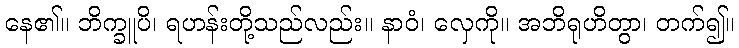
နေ၏။ ဘိက္ခူပိ၊ ရဟန်းတို့သည်လည်း။ နာဝံ၊ လှေကို။ အဘိရုဟိတွာ၊ တက်၍။